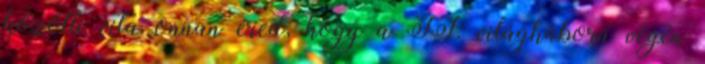
közötti vita onnan ered, hogy a II. világháború végén